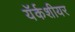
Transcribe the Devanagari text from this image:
यॅर्कशीयर